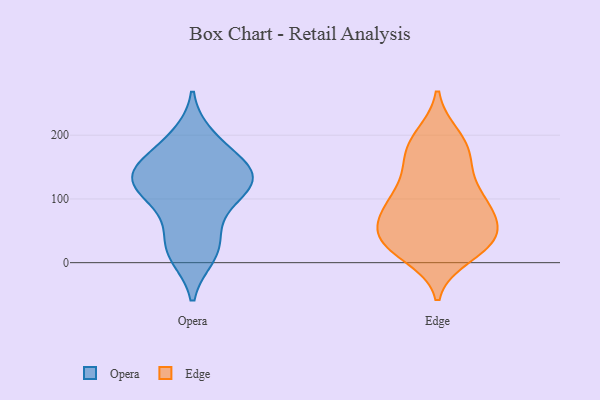
{"axis": {"x": "Satisfaction Score", "y": "Value"}, "legend": ["Edge", "Opera"], "data": [{"x": "", "y": 139, "type": "Opera"}, {"x": "", "y": 103, "type": "Opera"}, {"x": "", "y": 19, "type": "Opera"}, {"x": "", "y": 11, "type": "Opera"}, {"x": "", "y": 175, "type": "Opera"}, {"x": "", "y": 93, "type": "Opera"}, {"x": "", "y": 142, "type": "Opera"}, {"x": "", "y": 45, "type": "Opera"}, {"x": "", "y": 143, "type": "Opera"}, {"x": "", "y": 198, "type": "Opera"}, {"x": "", "y": 126, "type": "Opera"}, {"x": "", "y": 131, "type": "Opera"}, {"x": "", "y": 54, "type": "Edge"}, {"x": "", "y": 12, "type": "Edge"}, {"x": "", "y": 32, "type": "Edge"}, {"x": "", "y": 71, "type": "Edge"}, {"x": "", "y": 135, "type": "Edge"}, {"x": "", "y": 91, "type": "Edge"}, {"x": "", "y": 103, "type": "Edge"}, {"x": "", "y": 99, "type": "Edge"}, {"x": "", "y": 159, "type": "Edge"}, {"x": "", "y": 192, "type": "Edge"}, {"x": "", "y": 31, "type": "Edge"}, {"x": "", "y": 158, "type": "Edge"}, {"x": "", "y": 183, "type": "Edge"}, {"x": "", "y": 44, "type": "Edge"}, {"x": "", "y": 90, "type": "Edge"}, {"x": "", "y": 81, "type": "Edge"}, {"x": "", "y": 27, "type": "Edge"}, {"x": "", "y": 28, "type": "Edge"}, {"x": "", "y": 38, "type": "Edge"}, {"x": "", "y": 198, "type": "Edge"}]}